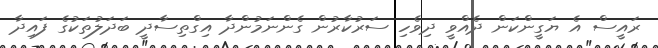
ރައީސް އެ ޔަގީންކަން ދެއްވީ ދިވެހި ސަރުކާރުން ގެންނަމުންދާ އިގްތިިސާދީ ބަދަލުތަކުގެ ފައިދާ